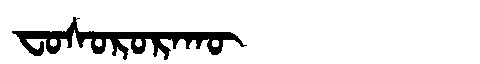
Manchu: ᠸᠣᠰᠣᡵᠣᡵᠠᡴᡡ
Romanization: FOSORORAKŪ